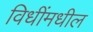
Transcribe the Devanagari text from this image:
विधींमधील